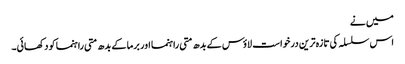
میں نے
اس سلسلہ کی تازہ ترین درخواست لاؤس کے بدھ متی راہنما اور برما کے بدھ متی راہنما کو دکھائی۔